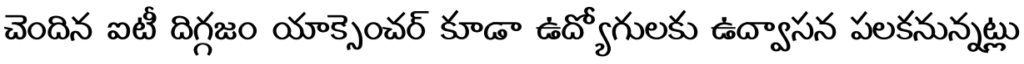
చెందిన ఐటీ దిగ్గజం యాక్సెంచర్ కూడా ఉద్యోగులకు ఉద్వాసన పలకనున్నట్లు